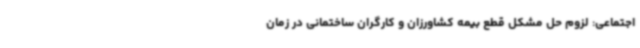
اجتماعی: لزوم حل مشکل قطع بیمه کشاورزان و کارگران ساختمانی در زمان